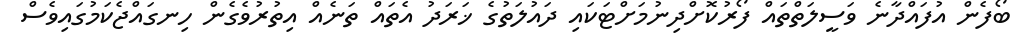
ބޯފެން އުފައްދާނެ ވަސީލަތްތައް ފޯރުކޮށްދިނުމަށްޓަކައި ދައުލަތުގެ ޚަރަދު އެތައް ތަނެއް އިތުރުވެގެން ހިނގައްޖެކަމުގައިވެސް